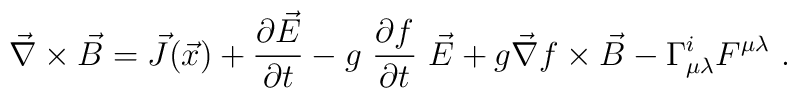
\vec{\nabla}\times \vec{B}=\vec{J}(\vec{x})+\frac{\partial \vec{E}}{\partial t}-g\ \frac{\partial f}{\partial t}\ \vec{E}+g\vec{\nabla}f\times \vec{B}-\Gamma^i_{\mu \lambda}F^{\mu \lambda}\ .